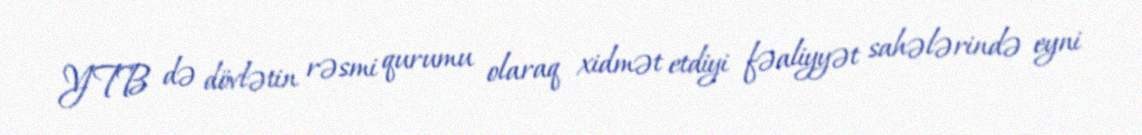
YTB də dövlətin rəsmi qurumu olaraq xidmət etdiyi fəaliyyət sahələrində eyni